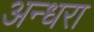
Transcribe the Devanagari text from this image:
अन्धरा